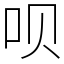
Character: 呗